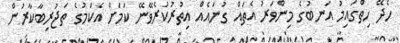
ހެދޭ ހިތްގައިމު އަނބުގެ މިންވަރު އެތައް ގުނައެއް އިތުރުކުރެވޭނޭ ކަމަށް އެކަމުގެ ތަޖުރިބާކާރުން